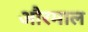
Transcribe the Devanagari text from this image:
औरमाल